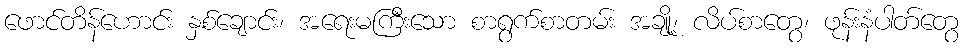
ဖောင်တိန်ဟောင်း နှစ်ချောင်း၊ အရေးမကြီးသော စာရွက်စာတမ်း အချို့၊ လိပ်စာတွေ၊ ဖုန်းနံပါတ်တွေ